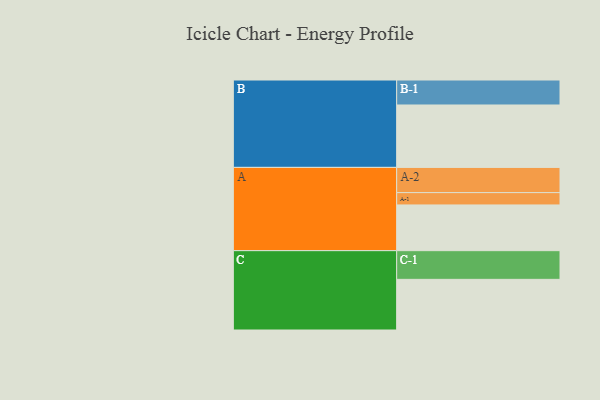
{"axis": {"x": "Segment", "y": "Value"}, "legend": ["", "A", "B", "C"], "data": [{"x": "A", "y": 408, "type": ""}, {"x": "B", "y": 557, "type": ""}, {"x": "C", "y": 452, "type": ""}, {"x": "A-1", "y": 110, "type": "A"}, {"x": "A-2", "y": 225, "type": "A"}, {"x": "B-1", "y": 223, "type": "B"}, {"x": "C-1", "y": 256, "type": "C"}]}